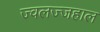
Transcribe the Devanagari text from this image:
ज्वलज्जहाल